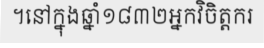
។នៅក្នុងឆ្នាំ១៨៣២អ្នកវិចិត្តករ